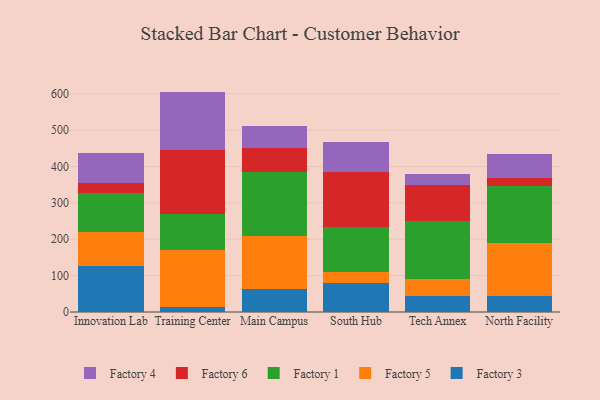
{"axis": {"x": "Campus", "y": "Website Visitors"}, "legend": ["Factory 1", "Factory 3", "Factory 4", "Factory 5", "Factory 6"], "data": [{"x": "Innovation Lab", "y": 127.8, "type": "Factory 3"}, {"x": "Innovation Lab", "y": 91.0, "type": "Factory 5"}, {"x": "Innovation Lab", "y": 109.7, "type": "Factory 1"}, {"x": "Innovation Lab", "y": 26.1, "type": "Factory 6"}, {"x": "Innovation Lab", "y": 83.4, "type": "Factory 4"}, {"x": "Training Center", "y": 13.3, "type": "Factory 3"}, {"x": "Training Center", "y": 158.4, "type": "Factory 5"}, {"x": "Training Center", "y": 98.1, "type": "Factory 1"}, {"x": "Training Center", "y": 176.4, "type": "Factory 6"}, {"x": "Training Center", "y": 159.8, "type": "Factory 4"}, {"x": "Main Campus", "y": 63.3, "type": "Factory 3"}, {"x": "Main Campus", "y": 146.8, "type": "Factory 5"}, {"x": "Main Campus", "y": 175.2, "type": "Factory 1"}, {"x": "Main Campus", "y": 65.5, "type": "Factory 6"}, {"x": "Main Campus", "y": 59.8, "type": "Factory 4"}, {"x": "South Hub", "y": 81.1, "type": "Factory 3"}, {"x": "South Hub", "y": 28.3, "type": "Factory 5"}, {"x": "South Hub", "y": 124.7, "type": "Factory 1"}, {"x": "South Hub", "y": 151.7, "type": "Factory 6"}, {"x": "South Hub", "y": 82.9, "type": "Factory 4"}, {"x": "Tech Annex", "y": 45.3, "type": "Factory 3"}, {"x": "Tech Annex", "y": 44.7, "type": "Factory 5"}, {"x": "Tech Annex", "y": 161.3, "type": "Factory 1"}, {"x": "Tech Annex", "y": 97.7, "type": "Factory 6"}, {"x": "Tech Annex", "y": 31.8, "type": "Factory 4"}, {"x": "North Facility", "y": 44.6, "type": "Factory 3"}, {"x": "North Facility", "y": 144.1, "type": "Factory 5"}, {"x": "North Facility", "y": 158.0, "type": "Factory 1"}, {"x": "North Facility", "y": 22.0, "type": "Factory 6"}, {"x": "North Facility", "y": 64.6, "type": "Factory 4"}]}